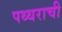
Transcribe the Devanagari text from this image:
पथ्थराची